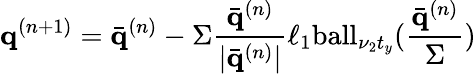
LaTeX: \mathbf{q}^{(n+1)}=\bar{\mathbf{q}}^{(n)}-\Sigma\frac{\bar{\mathbf{q}}^{(n)}}{|\bar{\mathbf{q}}^{(n)}|}\ell_{1}\mathrm{ball}_{\nu_{2}{t}_{y}}(\frac{\bar{\mathbf{q}}^{(n)}}{\Sigma})